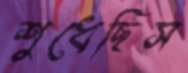
শুধেছিস